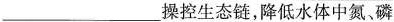
___操控生态链，降低水体中氮、磷